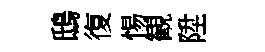
鴟復惕観陞